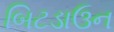
બિટડાઉન